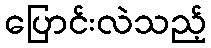
ပြောင်းလဲသည့်